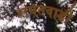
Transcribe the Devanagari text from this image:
रायतवाडी